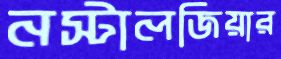
নস্টালজিয়ার